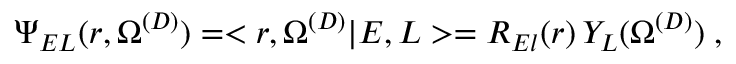
\Psi _ { E L } ( r , \Omega ^ { ( D ) } ) = < r , \Omega ^ { ( D ) } | E , L > = R _ { E l } ( r ) \, Y _ { L } ( \Omega ^ { ( D ) } ) \; ,